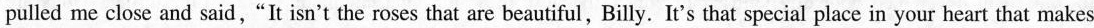
pulled me close and said,"It isn't the roses that are beautiful,Billy. It's that special place in your heart that makes